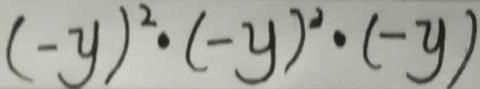
( - y ) ^ { 2 } \cdot ( - y ) ^ { 2 } \cdot ( - y )